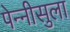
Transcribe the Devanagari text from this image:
पेन्‍नीसुला